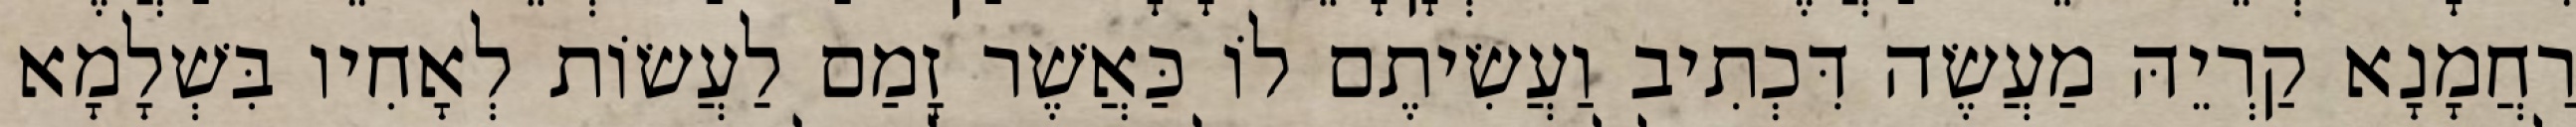
רַחֲמָנָא קַרְיֵהּ מַעֲשֶׂה דִּכְתִיב וַעֲשִׂיתֶם לוֹ כַּאֲשֶׁר זָמַם לַעֲשׂוֹת לְאָחִיו בִּשְׁלָמָא